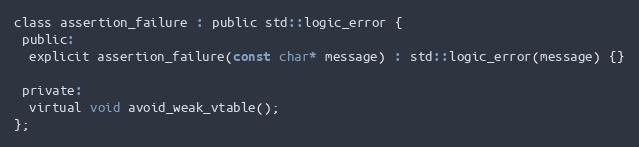
Language: C
class assertion_failure : public std::logic_error {
 public:
  explicit assertion_failure(const char* message) : std::logic_error(message) {}

 private:
  virtual void avoid_weak_vtable();
};